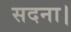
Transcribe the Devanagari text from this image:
सदना।